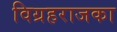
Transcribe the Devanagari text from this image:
विग्रहराजका